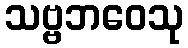
သဗ္ဗဘဝေသု